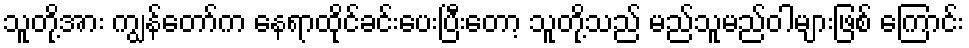
သူတို့အား ကျွန်တော်က နေရာထိုင်ခင်းပေးပြီးတော့ သူတို့သည် မည်သူမည်ဝါများဖြစ် ကြောင်း